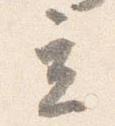
立